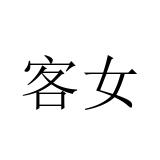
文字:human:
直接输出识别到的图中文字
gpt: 客女